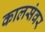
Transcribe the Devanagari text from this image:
कालसंवर